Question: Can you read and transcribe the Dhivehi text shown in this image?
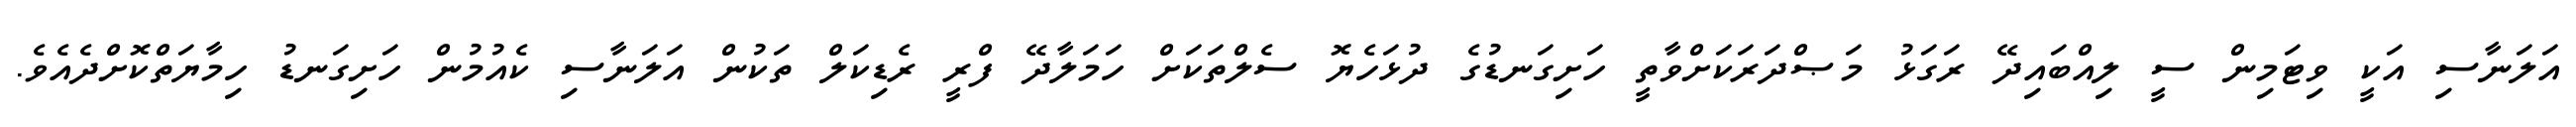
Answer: އަލަނާސި އަކީ ވިޓަމިން ސީ ލިއްބައިދޭ ރަގަޅު މަޞްދަރަކަށްވާތީ ހަށިގަނޑުގެ ދުޅަހެޔޮ ސެލްތަކަށް ހަމަލާދޭ ފްރީ ރެޑިކަލް ތަކުން އަލަނާސި ކެއުމުން ހަށިގަނޑު ހިމާޔަތްކޮށްދެއެވެ.